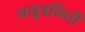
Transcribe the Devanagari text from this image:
नयूत्रलिती